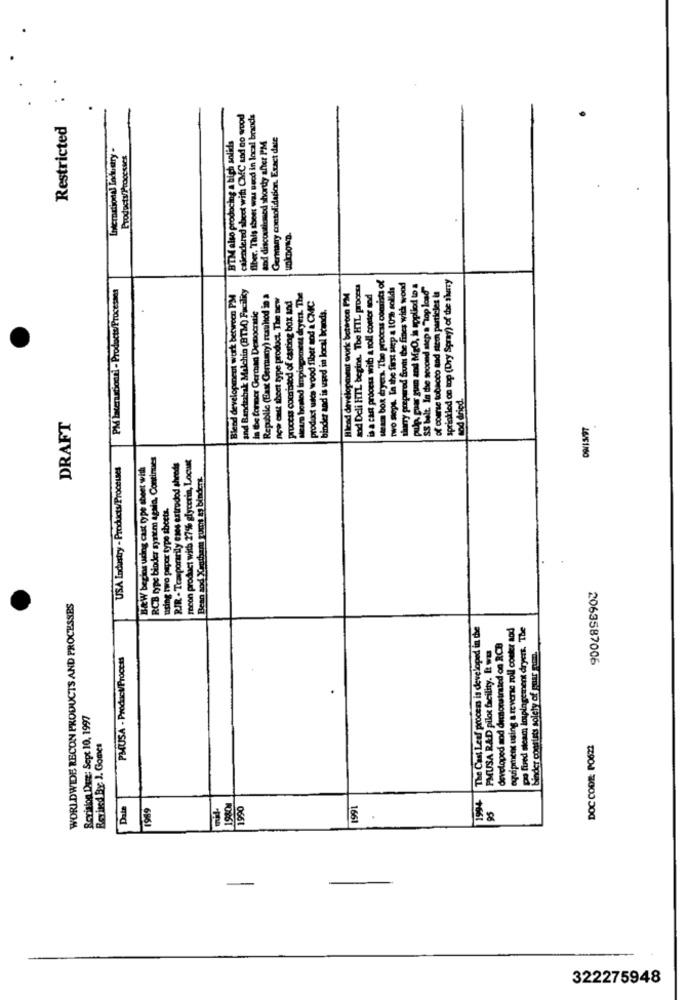
ed sheet with CMC and no wood
flber. This sheer was seod in local brands
Restricted
BTM also prodocing a high solids
and discothemed shortly after PM
Germany consolidation. Exact date
calendered sheets
steam bor dryers. The process comists of
sherry prepared frut the fines with wood
Pulp paar zum and MrO, is applied to a
sprinkled on top (Dry Spray) of the slurry
PM laceradiochi - Products/Processes
and Bendtabak Malchin (BTM) Facility
Blend development work betwocn PPM4
sod Deli HTL beginn. The HIL process
is a cast process with a roll conter mod
two mops. In the first sep a 10% solids
Blend development work between PM
Republic (East Germany) rushed in a
now cast sheet type product. The new
process comistod of casting box and
steam bomtod impingomest dryers. The
product walce wood fiber sod & CMIC
SS Wilt. In the second step a"lop lo
of course tobacco and stem particles is
binder and is used in local bowods.
nod dried.
DRAFT
DW/15/97
RCB type bioder syricm again, Continues
RIR . Temporarily eses extrodod shreds
recon product with 27% glycerin, Locust
USA Industry - Products/Processes
B&W begins uding cast type sbeet with
Bean sod Xanthan gumt as bindens
using two papor type sbeets.
WORLDWIDE RECON PRODUCTS AND PROCESSES
The Cast Leaf process is developed in the
equipment using a reverse zoll coster aod
po fued steam impingement dryers. The
PMUSA RAD pilot facility. It was
developed aod demonstrated on RCB
binder constats solely of quar pm.
PMUSA - Product/Proccts
2063587006
Revision Du: Sept 10, 1997
Revised By. J. Gomes
DOC CODE: PO622
1994
Dala
1949
19401
1990
1991
95
322275948